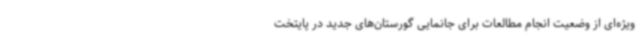
ویژه‌ای از وضعیت انجام مطالعات برای جانمایی گورستان‌های جدید در پایتخت